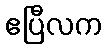
ဧပြီလက